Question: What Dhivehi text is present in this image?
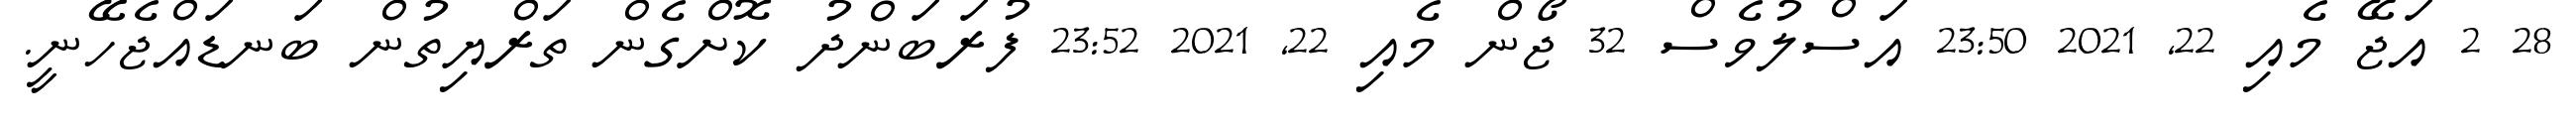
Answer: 28 2 އަޖޭ މެއި 22, 2021 23:50 އަސްލުވެސް 32 ޖޯން މެއި 22, 2021 23:52 ފުރަބަންދު ކޮށްގެން ތަރްޔިތުން ބަނޑައްޖެހޭނީ.